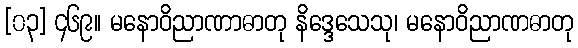
[၀၃] ၄၆၉။ မနောဝိညာဏာဓာတု နိဒ္ဒေသေသု၊ မနောဝိညာဏဓာတု